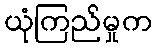
ယုံကြည်မှုက